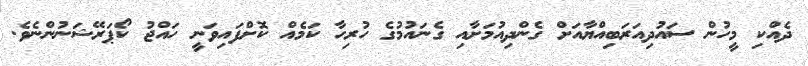
ދެއްކި މީހުން ސައުދިއަރަބިއްޔާއަށް ގެންދިއުމަށާއި ގެނައުމުގެ ހުރިހާ ކަމެއް ކޮށްފައިވަނީ ހައްޖު ކޯޕަރޭޝަނުންނެވެ.